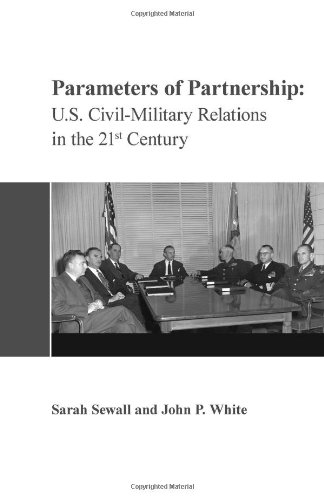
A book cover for Parameters of Partnership: U.S. Civil-Military Relations in the 21st Century; Sarah Sewall; Crafts, Hobbies & Home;